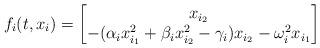
LaTeX: \begin{align*}f_i(t,x_i)=\begin{bmatrix}x_{i_2} \\- (\alpha_i x_{i_1}^2+\beta_i x_{i_2}^2-\gamma_i)x_{i_2} - \omega_i^2 x_{i_1}\end{bmatrix}\end{align*}